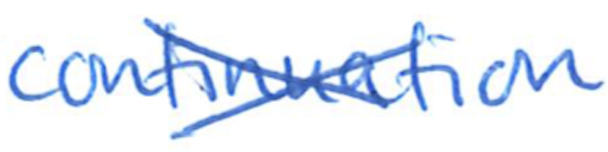
Text: continuation
Cross-out: cross
Writing tool: ballpoint